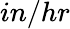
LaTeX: in/hr